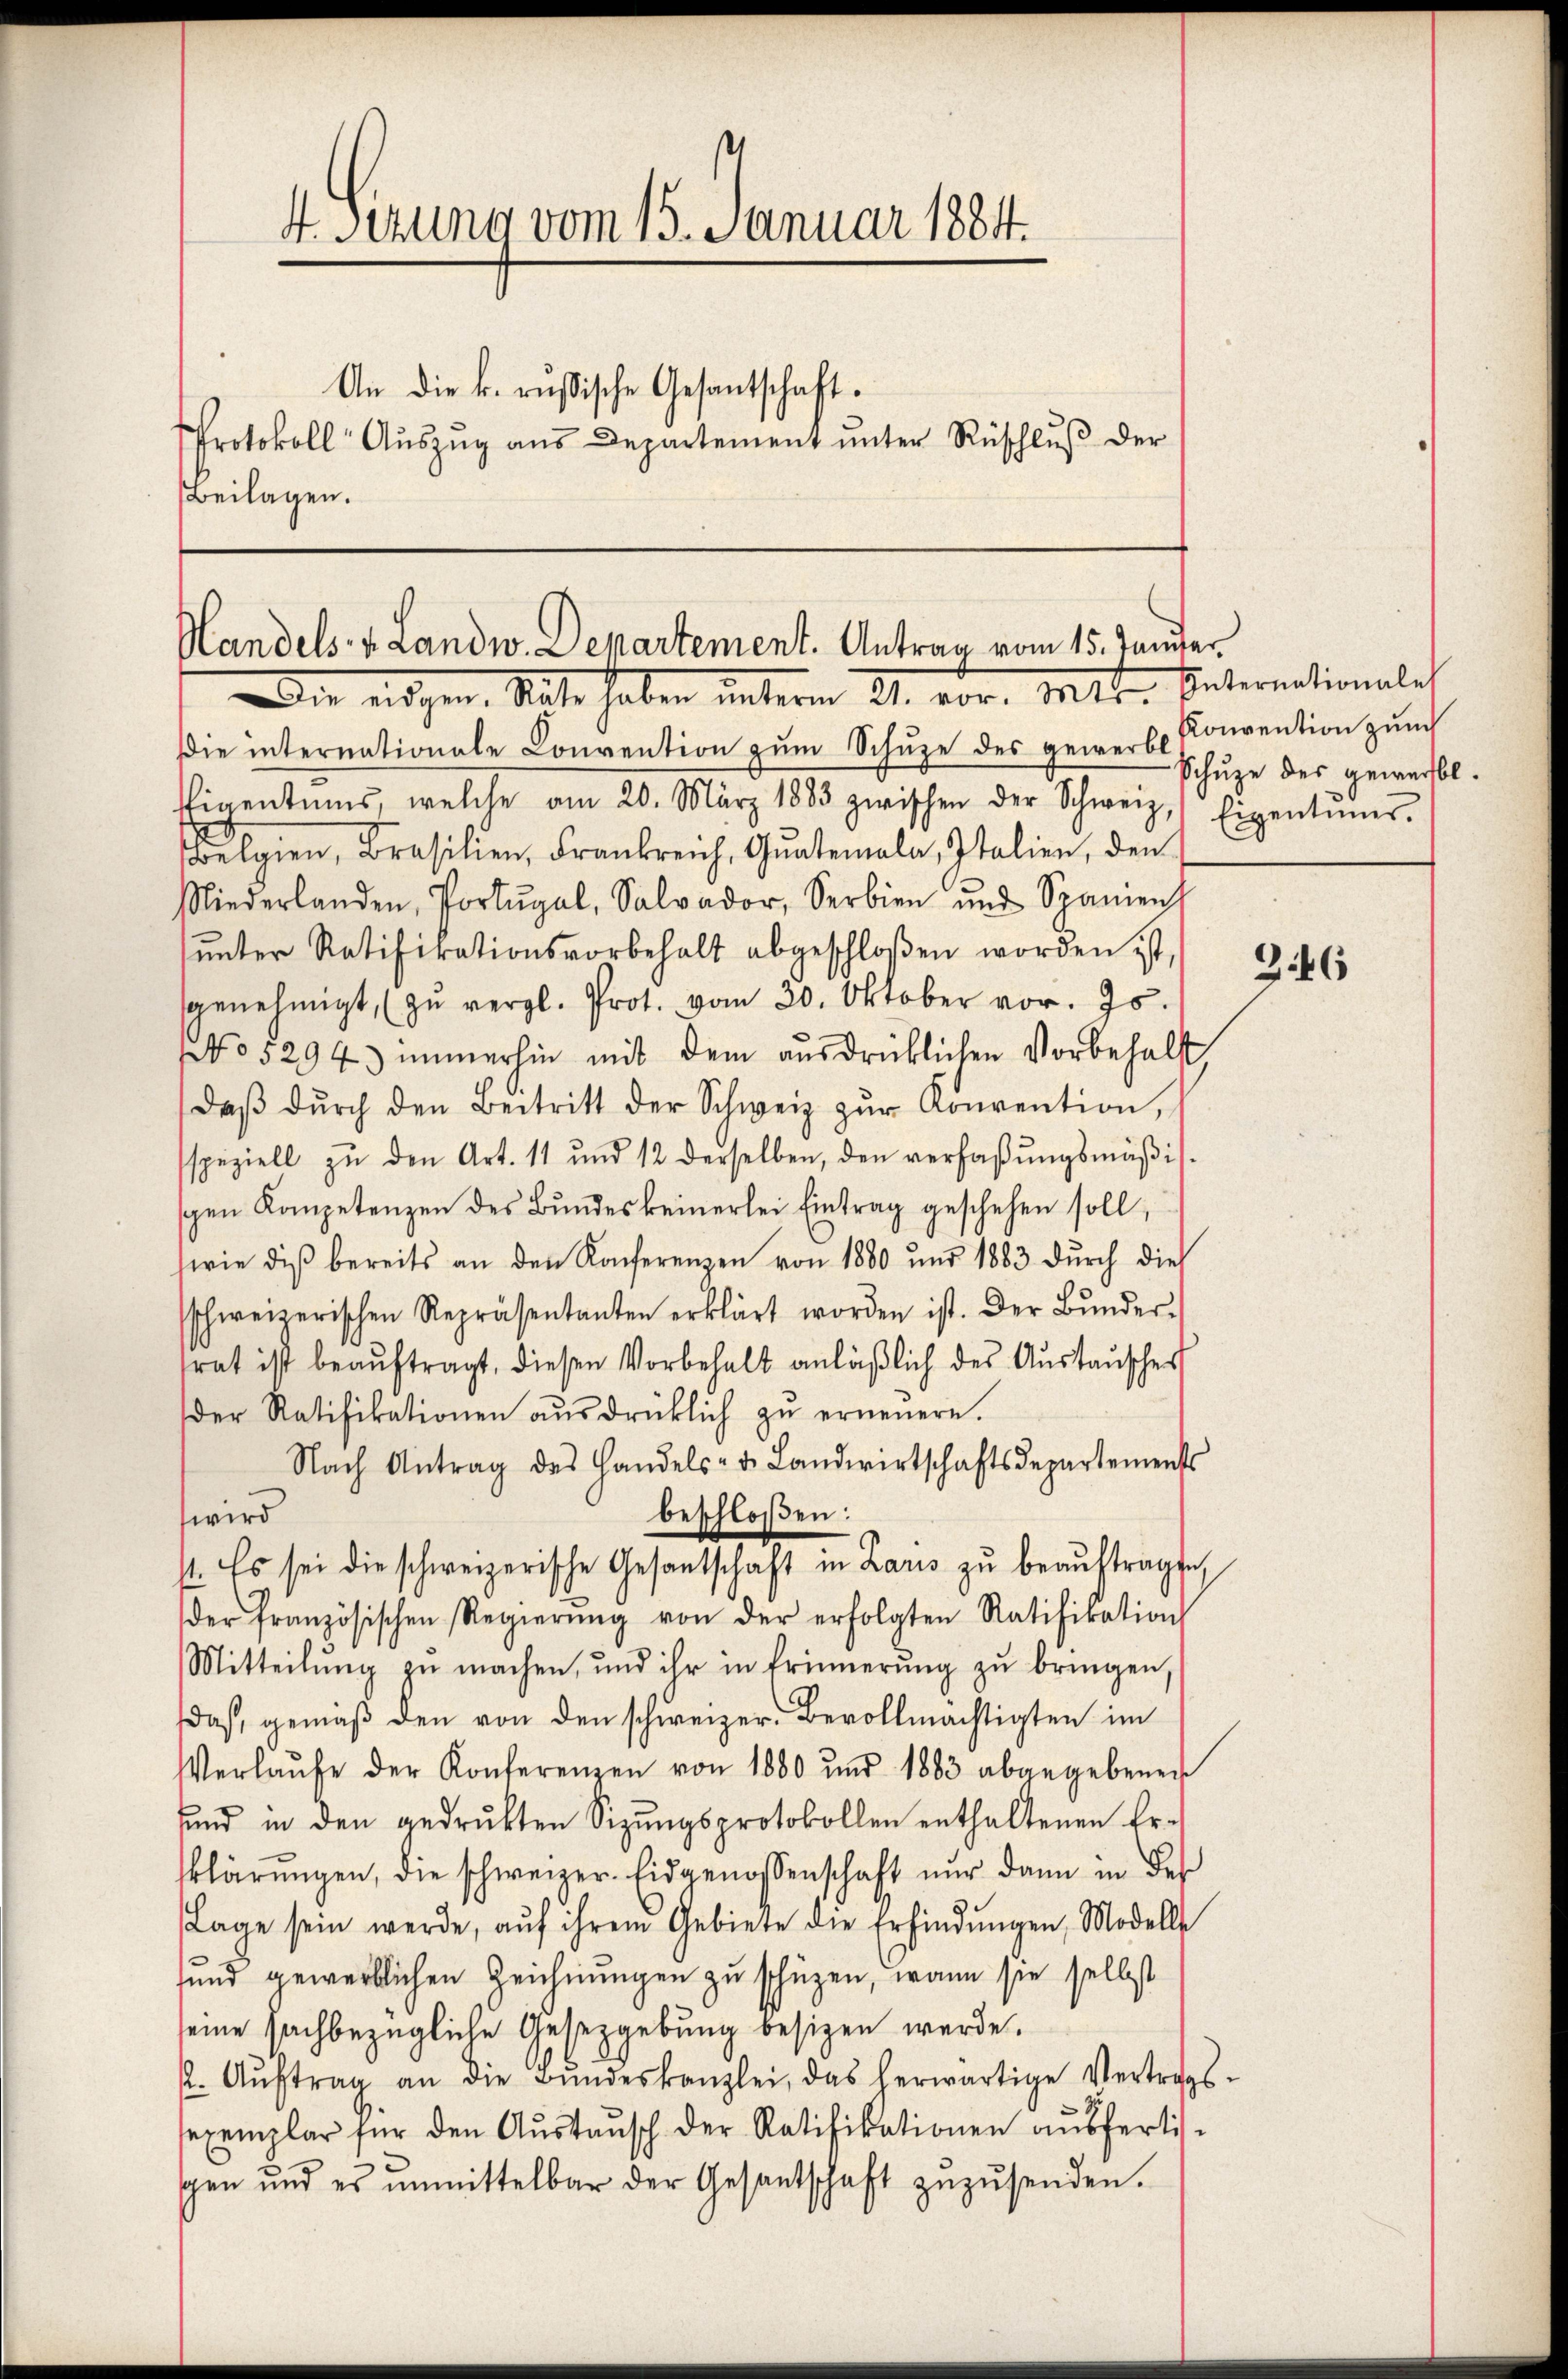
4 sezung vom 15. Januar 1884.
An die k. russische Gesantschaft¬
Protokoll Aŭszŭg aŭs Departement ŭnter Rüschlŭβ der
Beilagen.

Handels- & Landw. Departement. Antrag vom 15. Januar
Die eigen, daher haben unterm 21. vor. Mtt. Internationales

die internationale Convention zŭm Schuze des gewerbe Convention zum
Eigentums, welche am 20. März 1883 zwischen der Schweiz, Eigentums-
lgien, Brasilien, Frankreich, Qŭatemala, Italien, den
Niederlanden, Portugal, Salvador, Serbien und Spanien
ŭnter Ratifikationsvorbehalt abgeschloßen worden ist,
genehmigt, (zŭ vergl. Prot. vom 30. Oktober vor. Js.
No 5294) immerhin mit dem ausdrücklichen Vorbehalt
daβ dŭrch den Beitritt der Schweiz zŭr Konvention,
speziell zŭ den Art. 11 und 12 derselben, den verfaβŭngsmäβis-
gen Kompetenzen des Bŭndes keinerlei Eintrag geschehen soll,
wie diβ bereits an den Konferenzen von 1880 und 1883 dŭrch die
sschweizerischen Repräsentanten erklärt worden ist. Der Bŭnder-
trat ist beaŭftragt, diesen Vorbehalt anläβlich des Austauscher
der Ratifikationen aŭsdrücklich zŭ erneŭern.
Nach Antrag des Handels- u. Landwirtschaftsdepartements
beschloßen:
wird
st. Es sei die schweizerische Gesantschaft in Laris zŭ beaŭftragte
der französischen Regierŭng von der erfolgten Ratifikation
Mitteilŭng zŭ machen, und ihr in Erinnerung zŭ bringen,
daß, gemäβ den von den schweizer. Bevollmächtigten im
Verlaŭfe der Konferenzen von 1880 und 1883 abgegebenen
sund in den gedrukten Sizŭngsprotokollen enthaltenen Er-
klärŭngen, die schweizer. Eidgenossenschaft nŭr dann in des
Lage sein werde, aŭf ihrem Gebiete die Erfindŭngen, Modelle
sund gewerblichen Zeichnungen zu schüzen, wann sie selbst
seine sachbezügliche Gesetzgebung besizen werde.
 Aŭftrag an die Bŭndeskanzlei, das herwärtige Vertrags-
sexemplar für den Aŭstaŭsch der Ratifikationen aŭsfertis-
gen und es ŭnmittelbar der Gesantschaft zŭzŭsenden.

Schuze des gewerbt.

346